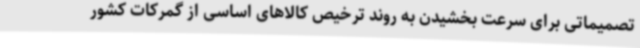
تصمیماتی برای سرعت بخشیدن به روند ترخیص کالاهای اساسی از گمرکات کشور